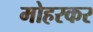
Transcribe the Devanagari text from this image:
मोहरकर